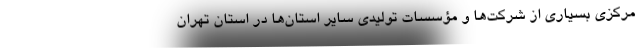
مرکزی بسیاری از شرکت‌ها و مؤسسات تولیدی سایر استان‌ها در استان تهران